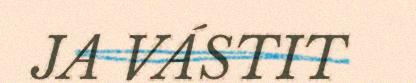
JA VÁSTIT